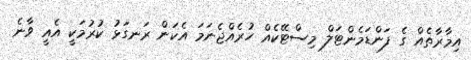
އިމާރާތެއް ގެ ފަންޑަމެންޓަލް މިސްޓޭކެއް ހުރެއްޖެނަމަ އެކަން ރަނގަޅު ކުރުމަކީ އެއީ ވާނެ